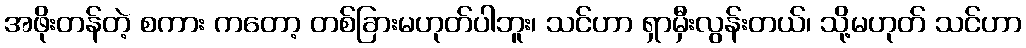
အဖိုးတန်တဲ့ စကား ကတော့ တစ်ခြားမဟုတ်ပါဘူး၊ သင်ဟာ ရှာမှီးလွန်းတယ်၊ သို့မဟုတ် သင်ဟာ